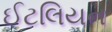
ઈટલિયન